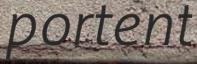
portent